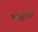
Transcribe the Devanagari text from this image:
प्रगटुनी